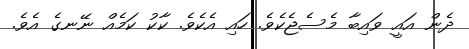
ދެން އައީ ވައިބާ މެސެޖެކެވެ. ހައި އެކެވެ. ކާކު ކަމެއް ނޭނގެ އެވެ.